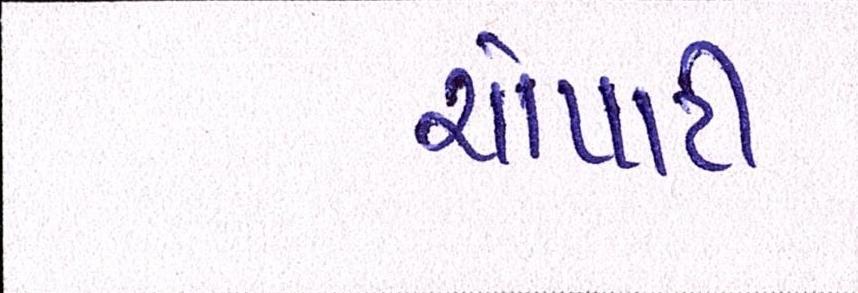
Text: ચોપાટી